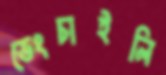
ভেংচাইলি